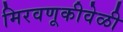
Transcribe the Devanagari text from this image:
मिरवणूकीवेळी